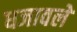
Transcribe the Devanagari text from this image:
धजावले